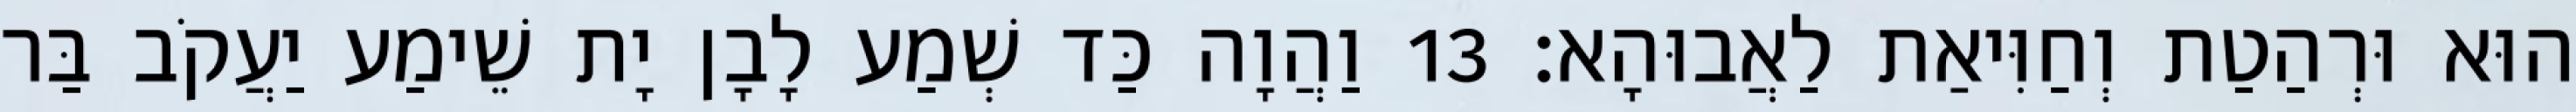
הוּא וּרְהַטַת וְחַוִּיאַת לַאֲבוּהָא׃ 13 וַהֲוָה כַּד שְׁמַע לָבָן יָת שֵׁימַע יַעֲקֹב בַּר